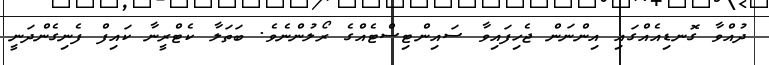
ދުއްވާ ގޮނޑިއެއްގައި އިންނަން ޖެހިފައިވާ ސައިންޓިސްޓެއްގެ ރޯލުންނެވެ. ބަތަލާ ކެޓްރީނާ ކައިފް ފެނިގެންދަނީ